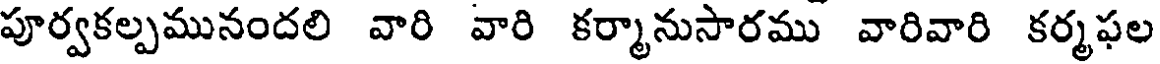
పూర్వకల్పమునందలి వారి వారి కర్మానుసారము వారివారి కర్మఫల